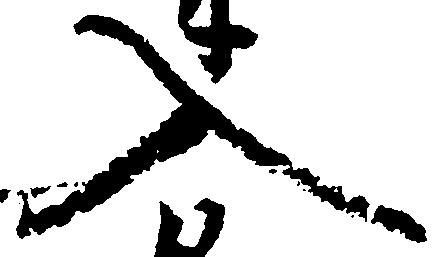
入